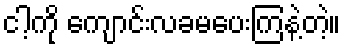
ငါ့ကို ကျောင်းလခမပေးကြနဲ့တဲ့။